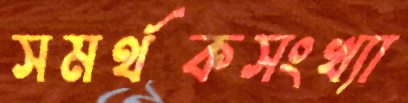
সমর্থকসংখ্যা